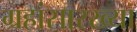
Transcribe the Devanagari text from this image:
ग्रहांसारख्या